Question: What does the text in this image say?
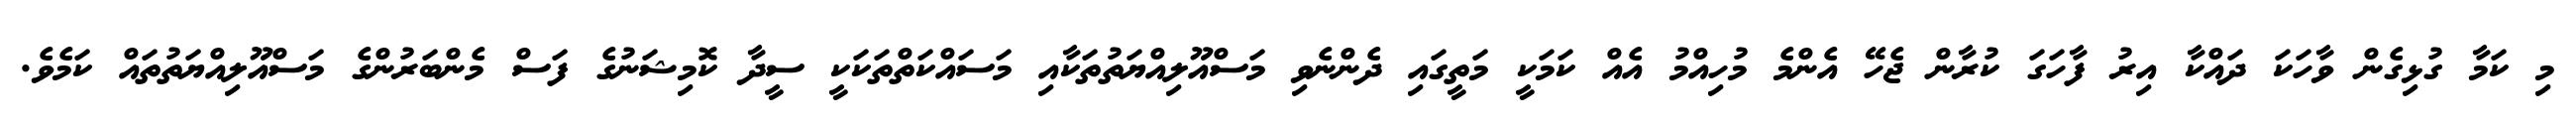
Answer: މި ކަމާ ގުޅިގެން ވާހަކަ ދައްކާ އިރު ފާހަގަ ކުރާން ޖެހޭ އެންމެ މުހިއްމު އެއް ކަމަކީ މަތީގައި ދެންނެވި މަސްއޫލިއްޔަތުތަކާއި މަސައްކަތްތަކަކީ ސީދާ ކޮމިޝަނުގެ ފަސް މެންބަރުންގެ މަސްއޫލިއްޔަތުތައް ކަމެވެ.